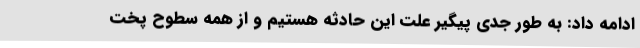
ادامه داد: به طور جدی پیگیر علت این حادثه هستیم و از همه سطوح پخت